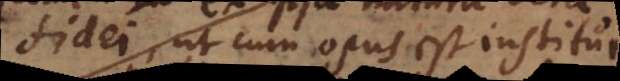
fidei, ut cum opus est institui